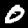
Digit: 0